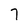
Character: 7